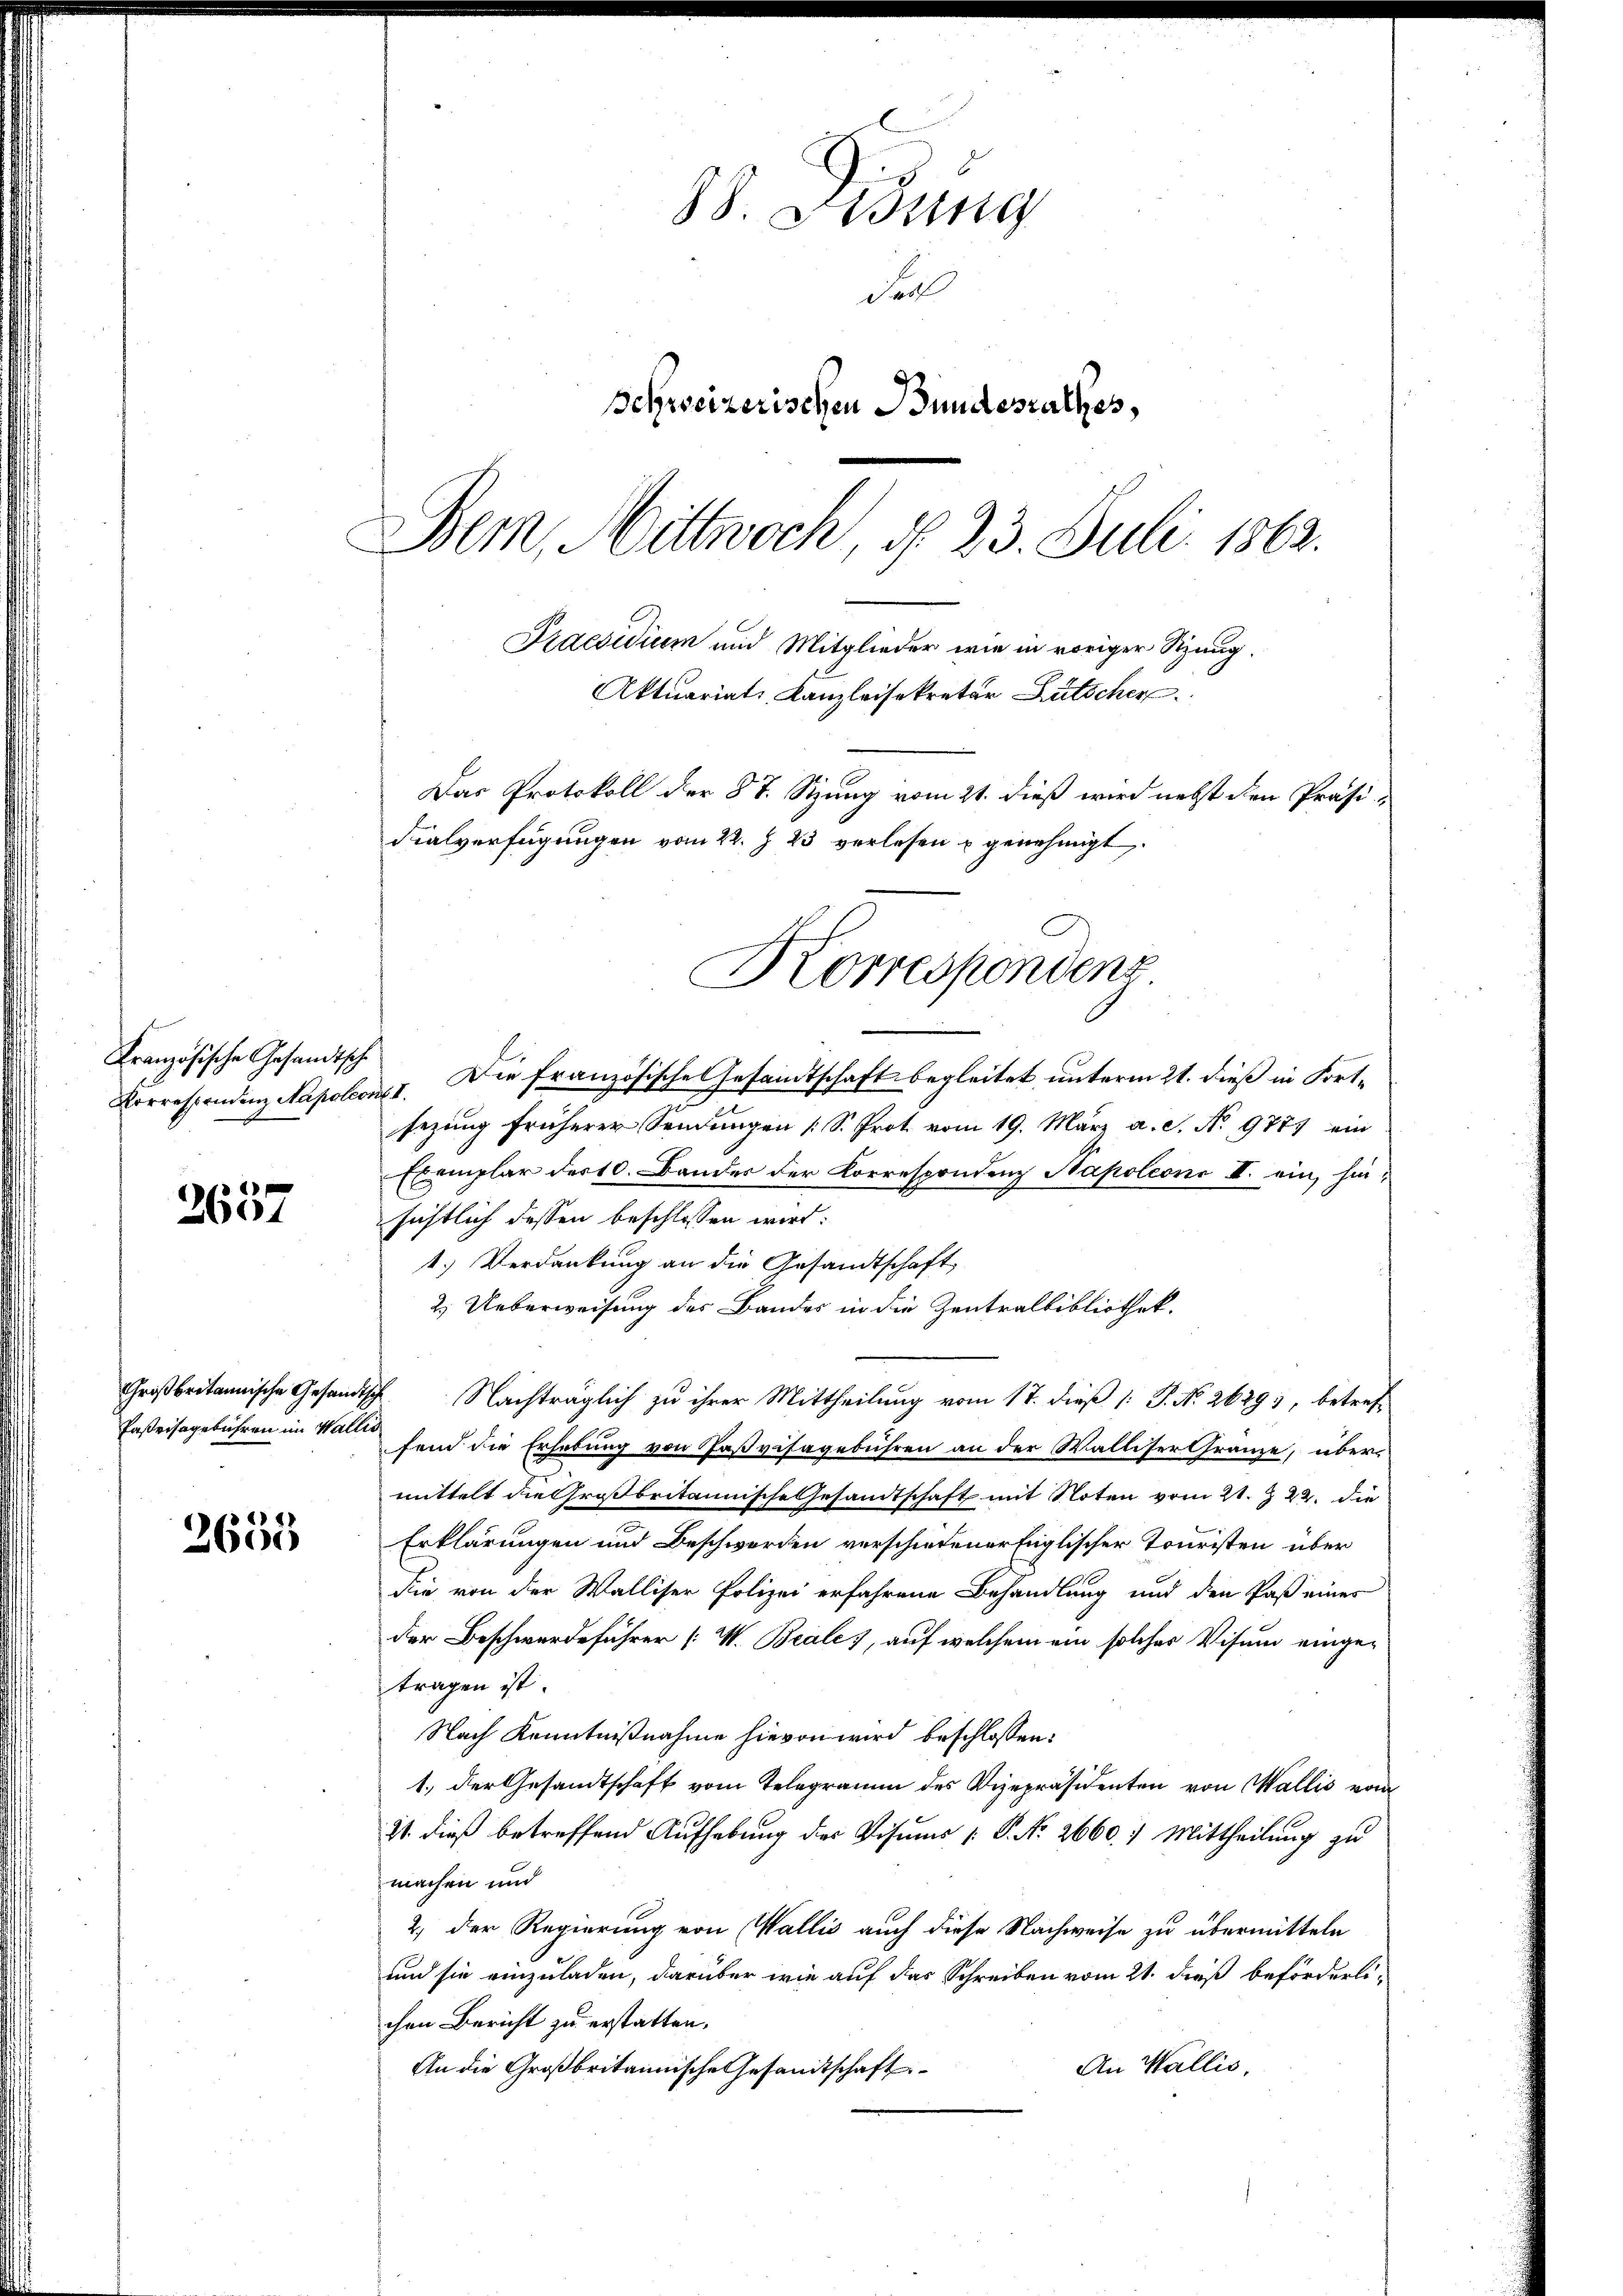
Porrespondenz Napoleon I.

2637

Großbritannische Gesand
Fasersagebühren im Wal¬

1
2605

88. Fidung
Fal
Schweizerischen Bundesrathes,
Bem, Mittwoch, d. 23. Juli 1862.
Praesidium und Mitglieder wie in voriger Sitzung.

Aktuariat Kanzleisekretär Lütscher
Das Protokoll der § 7. Sitzung vom 21. dieß wird nebst den Präsidialverfügungen vom 22. § 23 verlesen u genehmigt.

Korrespondens

Französische Gesandtsch. Die französische Gesandtschaft begleitet unterm 21. dieß in Fortsezung früherer Sendungen (S. Prot vom 19. März a. c. No. 9777 ein
Exemplar der 10. Bander der Korrespondenz Napoleons II. ein, hinsichtlich dessen beschlossen wird:
1.) Verdankung an die Gesandtschaft
2. Ueberweisung des Bandes in die Zentralbibliothek.
disch Nachträglich zu ihrer Mittheilung vom 17. dieß [ J. No. 2629), betreft
fend die Erhebung von Paßvisagebühren an der Walliser Gränze, übermittelt die Großbritannische Gesamtschaft mit Noten vom 21. Z. 22. die
Erklärungen und Beschwerden verschiedener füglischer Touristen über
die von der Walliser Polizei erfahrene Behandlung und den Paß eines
der Beschwerdeführer [V. Beale, auf welchem ein solches Visum eingetragen ist.
Nach Kenntnißnahme hievon wird beschlossen:
1., der Gesandtschaft vom Telegramm des Vizepräsidenten von Wallis vom
2t dieß betreffend Aufhebung des Visums P. Nr. 2660 7 Mittheilung zu
machen und
2. Der Regierung von Wallis auch diese Nachweise zu übermitteln
und sie einzuladen, darüber wie auf das Schreiben vom 21. dieß beförderlichen Bericht zu erstatten.
An Wallis,
An die Großbritannische Gesandtschaft